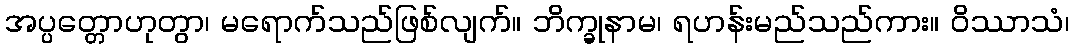
အပ္ပတ္တောဟုတွာ၊ မရောက်သည်ဖြစ်လျက်။ ဘိက္ခုနာမ၊ ရဟန်းမည်သည်ကား။ ဝိဿာသံ၊